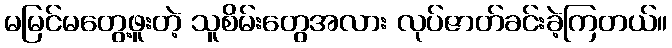
မမြင်မတွေ့ဖူးတဲ့ သူစိမ်းတွေအလား လုပ်ဇာတ်ခင်းခဲ့ကြတယ်။